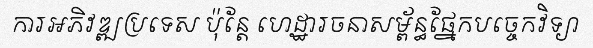
ការអភិវឌ្ឍប្រទេស ប៉ុន្តែ ហេដ្ឋារចនាសម្ព័ន្ធផ្នែកបច្ចេកវិទ្យា